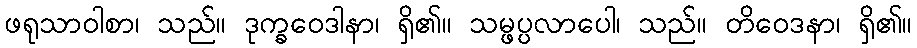
ဖရုသာဝါစာ၊ သည်။ ဒုက္ခဝေဒာနာ၊ ရှိ၏။ သမ္ဖပ္ပလာပေါ၊ သည်။ တိဝေဒနာ၊ ရှိ၏။